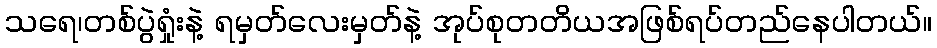
သရေ၊တစ်ပွဲရှုံးနဲ့ ရမှတ်လေးမှတ်နဲ့ အုပ်စုတတိယအဖြစ်ရပ်တည်နေပါတယ်။